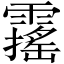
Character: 𩆋